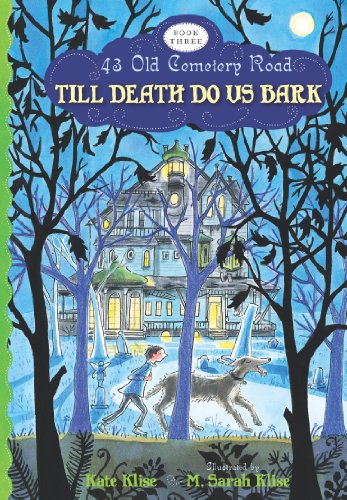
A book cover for Till Death Do Us Bark (43 Old Cemetery Road); Kate Klise; Children's Books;